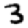
Digit: 3